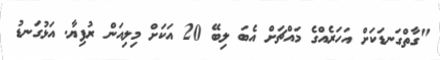
"ގާތްގަނޑަކަށް އަހަރެއްގެ މައްޗަށް އެބަ ލިބޭ 20 އަކަށް މިލިއަން ރުފިޔާ. އަޅުގަނޑު